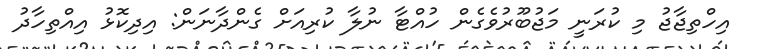
އިހްތިޖާޖު މި ކުރަނީ މަޖުބޫރުވެގެން ހުއްޓާ ނުލާ ކުރިއަށް ގެންދާނަން: އިދިކޮޅު އިއްތިހާދު